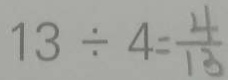
1 3 \div 4 = \frac { 4 } { 1 3 }